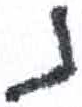
אות: נ